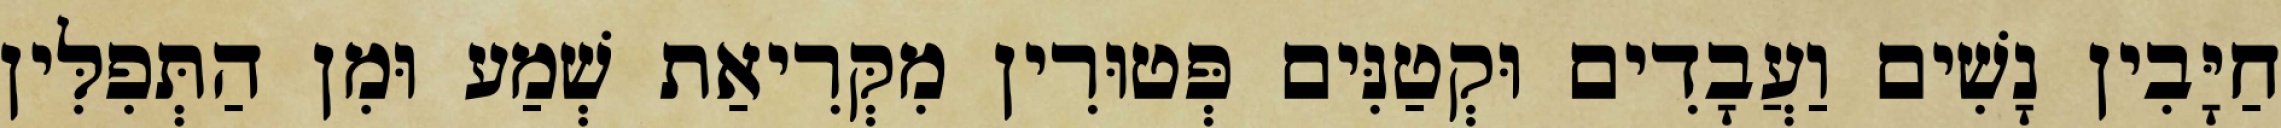
חַיָּבִין נָשִׁים וַעֲבָדִים וּקְטַנִּים פְּטוּרִין מִקְּרִיאַת שְׁמַע וּמִן הַתְּפִלִּין